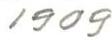
1909